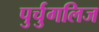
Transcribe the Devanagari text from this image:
पुर्चुगलिज